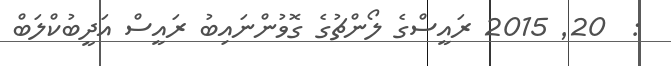
:  20